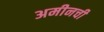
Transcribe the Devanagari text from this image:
अमीनची